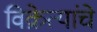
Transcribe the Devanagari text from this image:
विक्रेत्यांचे